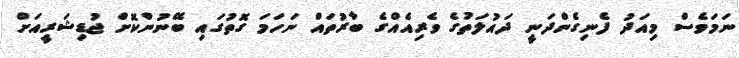
ނަމަވެސް މިއަދު ފެނިގެންދަނީ ދައުލަތުގެ ވެރިއެއްގެ ބާރުތައް ނަހަމަ ގޮތުގައި ބޭނުންކޮށް ޖުޑިޝަރީއަށް